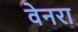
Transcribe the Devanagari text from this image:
वेनरा